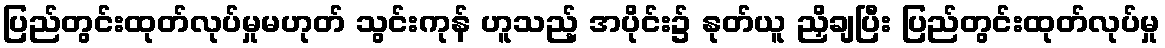
ပြည်တွင်းထုတ်လုပ်မှုမဟုတ် သွင်းကုန် ဟူသည့် အပိုင်း၌ နုတ်ယူ ညှိချပြီး ပြည်တွင်းထုတ်လုပ်မှု